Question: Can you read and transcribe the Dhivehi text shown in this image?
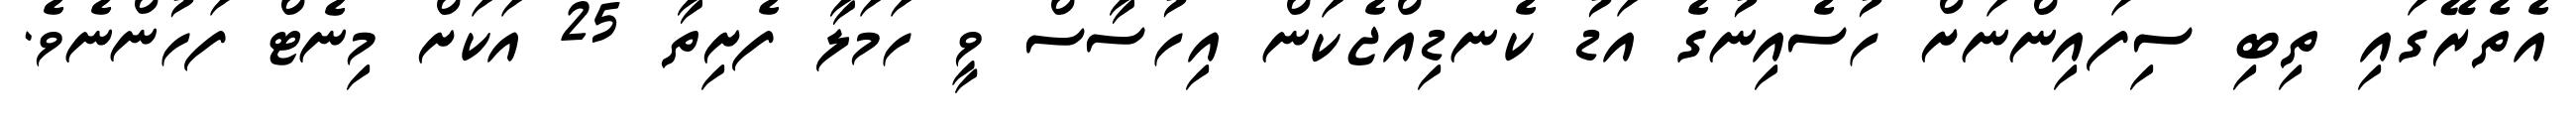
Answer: އެތެރޭގައި ތިބި ސިފައިންނަށް ހުސެއިނުގެ އަޑު ކެނޑިއްޖެކަން އިހުސާސް ވީ ހަމަލާ ފެށިތާ 25 އަކަށް މިނެޓް ފަހުންނެވެ.